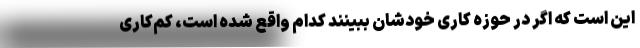
این است که اگر در حوزه کاری خودشان ببینند کدام واقع شده است، کم‌کاری